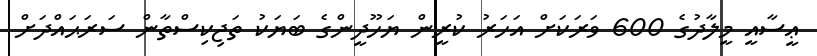
ޢީސާއީ މީލާދުގެ 600 ވަރަކަށް އަހަރު ކުރީން ޔަހޫދީންގެ ބަޔަކު ތަޖިކިސްތާން ސަރަޙައްދަށް